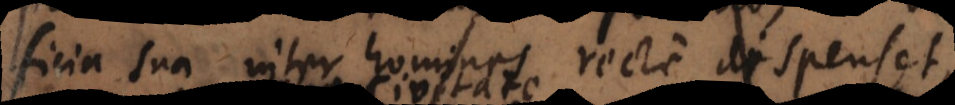
icia sua inter homines recte dispenset,